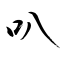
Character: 叭